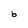
Character: b